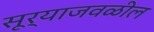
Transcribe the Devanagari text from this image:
सूर्याजवळील